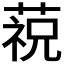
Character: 𱾋